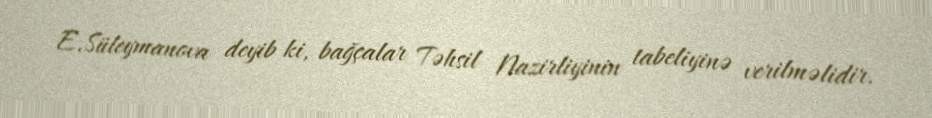
E.Süleymanova deyib ki, bağçalar Təhsil Nazirliyinin tabeliyinə verilməlidir.